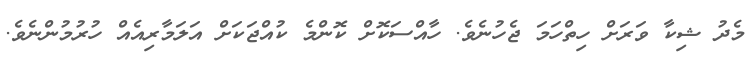
މެދު ޝިކާ ވަރަށް ހިތްހަމަ ޖެހުނެވެ. ހާއްސަކޮށް ކޮންމެ ކުއްޖަކަށް އަލަމާރިއެއް ހުރުމުންނެވެ.